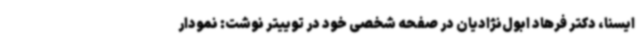
ایسنا، دکتر فرهاد ابول‌نژادیان در صفحه شخصی خود در توییتر نوشت: نمودار